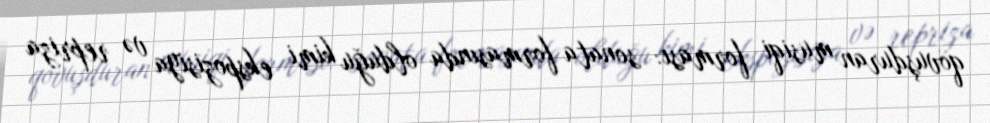
qovuşduran musiqi forması: sonata formasında olduğu kimi ekspozisiya və repriza